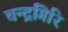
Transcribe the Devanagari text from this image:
चन्द्रगिरि